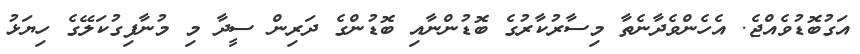
އަގުބޮޑުވެއްޖެ. އެހެންވެދާނެތާ މިސާރުކާރުގެ ބޮޑުންނާއި ބޮޑުންގެ ދަރިން ސީދާ މި މުނާފިގުކަލޭގެ ހިޔަޅު